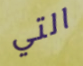
التي